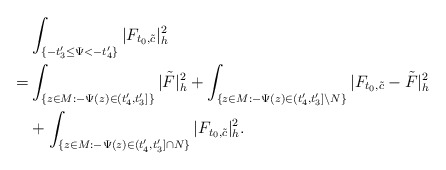
\begin{align*}&\int_{ \{-t'_3\le\Psi<-t'_4\}}|F_{t_0,\tilde{c}}|^2_h\\= & \int_{\{z\in M:-\Psi(z)\in (t'_4,t'_3]\}}|\tilde F|^2_h+\int_{\{z\in M:-\Psi(z)\in (t'_4,t'_3]\backslash N\}}|F_{t_0,\tilde{c}}-\tilde F|^2_h\\&+\int_{ \{z\in M: -\Psi(z)\in(t'_4,t'_3]\cap N\}}|F_{t_0,\tilde{c}}|^2_h.\end{align*}